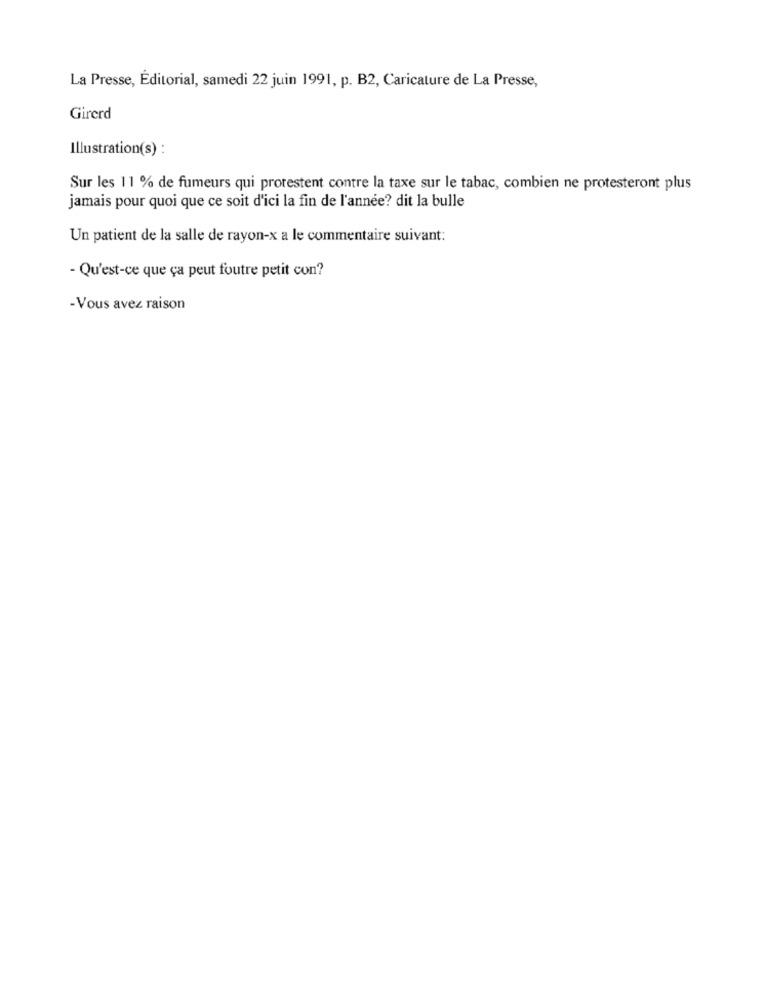
La Presse, Éditorial, samedi 22 juin 1991, p. B2, Caricature de La Presse,
Girerd
Illustration(s) :
Sur les 11 % de fumeurs qui protestent contre la taxe sur le tabac, combien ne protesteront plus
jamais pour quoi que ce soit d'ici la fin de l'année? dit la bulle
Un patient de la salle de rayon-x a le commentaire suivant:
- Qu'est-ce que ça peut foutre petit con?
- Vous avez raison